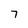
Character: 7